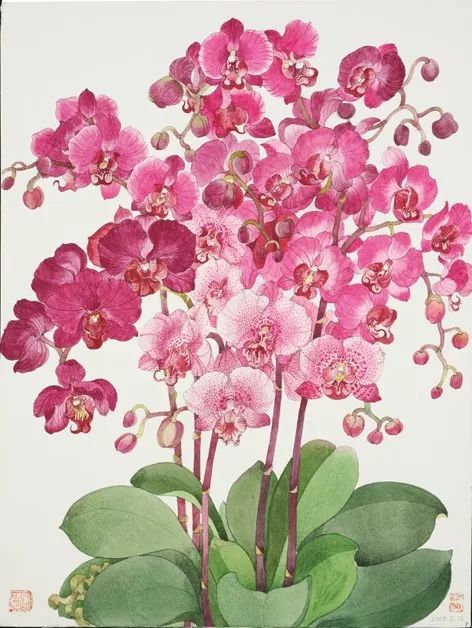
画楼春早，一树桃花笑。